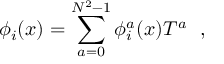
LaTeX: \phi _ { i } ( x ) = \sum _ { a = 0 } ^ { N ^ { 2 } - 1 } \phi _ { i } ^ { a } ( x ) T ^ { a } ~ ~ , ~ ~